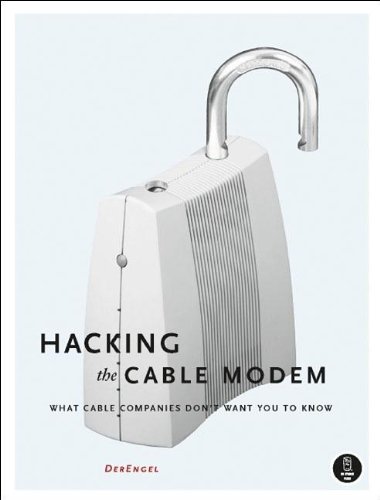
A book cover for Hacking the Cable Modem: What Cable Companies Don't Want You to Know; DerEngel; Computers & Technology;